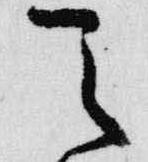
天